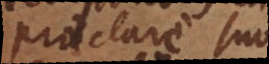
praeclare suo